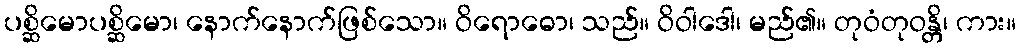
ပစ္ဆိမောပစ္ဆိမော၊ နောက်နောက်ဖြစ်သော။ ဝိရောဓော၊ သည်။ ဝိဝါဒေါ၊ မည်၏။ တုဝံတုဝန္တိ၊ ကား။